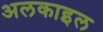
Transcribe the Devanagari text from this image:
अलकाइल